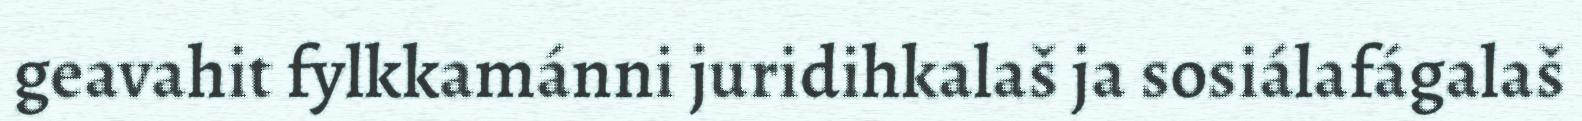
geavahit fylkkamánni juridihkalaš ja sosiálafágalaš